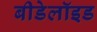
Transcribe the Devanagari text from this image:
बीडेलॉइड